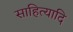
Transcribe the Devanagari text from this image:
साहित्यादि